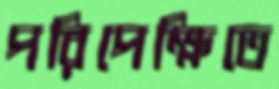
পরিপেক্ষিতে